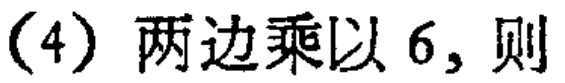
(4) 两边乘以 6, 则